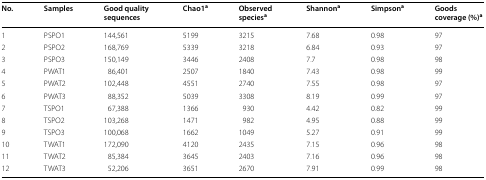
<table><thead><tr><td><b>No.</b></td><td><b>Samples</b></td><td><b>Good quality sequences</b></td><td><b>Chao1<sup>a</sup></b></td><td><b>Observed species<sup>a</sup></b></td><td><b>Shannon<sup>a</sup></b></td><td><b>Simpson<sup>a</sup></b></td><td><b>Goods coverage (%)<sup>a</sup></b></td></tr></thead><tbody><tr><td>1</td><td>PSPO1</td><td>144,561</td><td>5199</td><td>3215</td><td>7.68</td><td>0.98</td><td>97</td></tr><tr><td>2</td><td>PSPO2</td><td>168,769</td><td>5339</td><td>3218</td><td>6.84</td><td>0.93</td><td>97</td></tr><tr><td>3</td><td>PSPO3</td><td>150,149</td><td>3446</td><td>2408</td><td>7.7</td><td>0.98</td><td>98</td></tr><tr><td>4</td><td>PWAT1</td><td>86,401</td><td>2507</td><td>1840</td><td>7.43</td><td>0.98</td><td>99</td></tr><tr><td>5</td><td>PWAT2</td><td>102,448</td><td>4551</td><td>2740</td><td>7.55</td><td>0.98</td><td>97</td></tr><tr><td>6</td><td>PWAT3</td><td>88,352</td><td>5039</td><td>3308</td><td>8.19</td><td>0.99</td><td>97</td></tr><tr><td>7</td><td>TSPO1</td><td>67,388</td><td>1366</td><td>930</td><td>4.42</td><td>0.82</td><td>99</td></tr><tr><td>8</td><td>TSPO2</td><td>103,268</td><td>1471</td><td>982</td><td>4.95</td><td>0.88</td><td>99</td></tr><tr><td>9</td><td>TSPO3</td><td>100,068</td><td>1662</td><td>1049</td><td>5.27</td><td>0.91</td><td>99</td></tr><tr><td>10</td><td>TWAT1</td><td>172,090</td><td>4120</td><td>2435</td><td>7.15</td><td>0.96</td><td>98</td></tr><tr><td>11</td><td>TWAT2</td><td>85,384</td><td>3645</td><td>2403</td><td>7.16</td><td>0.96</td><td>98</td></tr><tr><td>12</td><td>TWAT3</td><td>52,206</td><td>3651</td><td>2670</td><td>7.91</td><td>0.99</td><td>98</td></tr></tbody></table>